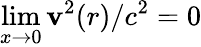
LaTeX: \operatorname*{lim}_{x\rightarrow0}\mathbf{v}^{2}(r)/c^{2}=0